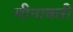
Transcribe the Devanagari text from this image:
मीनाकरी